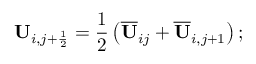
\mathbf { U } _ { i , j + \frac { 1 } { 2 } } = \frac { 1 } { 2 } \left( \overline { { \mathbf { U } } } _ { i j } + \overline { { \mathbf { U } } } _ { i , j + 1 } \right) ;